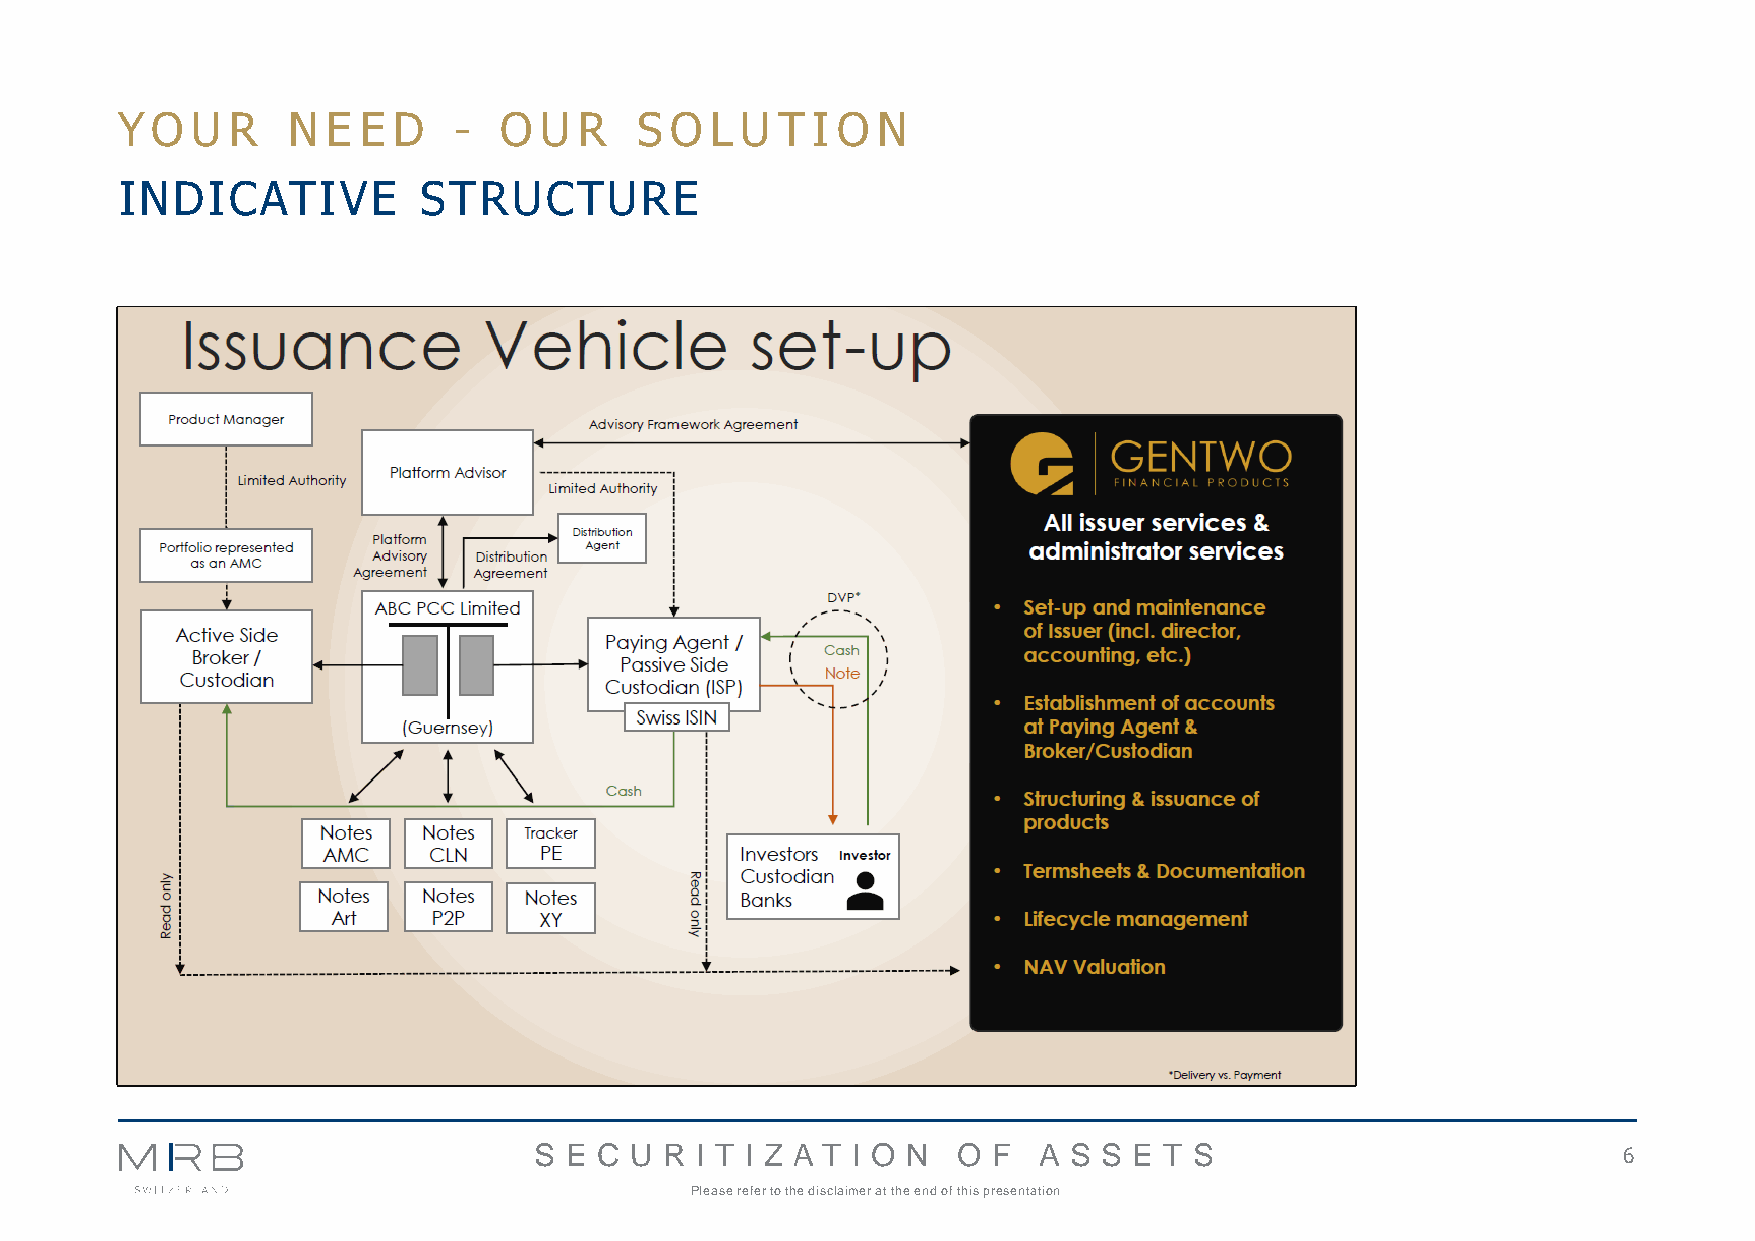
Y O  U R   N  E E D   -  O  U R   S O  L U T  I O N
 INDICATIVE          STRUCTURE
 S E C  U R I T I Z A T I O N O F  A S S E T S                           6
 Please refer to the disclaimer at the end of this presentation